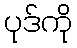
ပုဒ်ကို